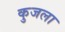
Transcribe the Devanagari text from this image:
कुजला